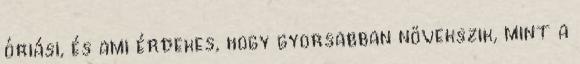
óriási, és ami érdekes, hogy gyorsabban növekszik, mint a